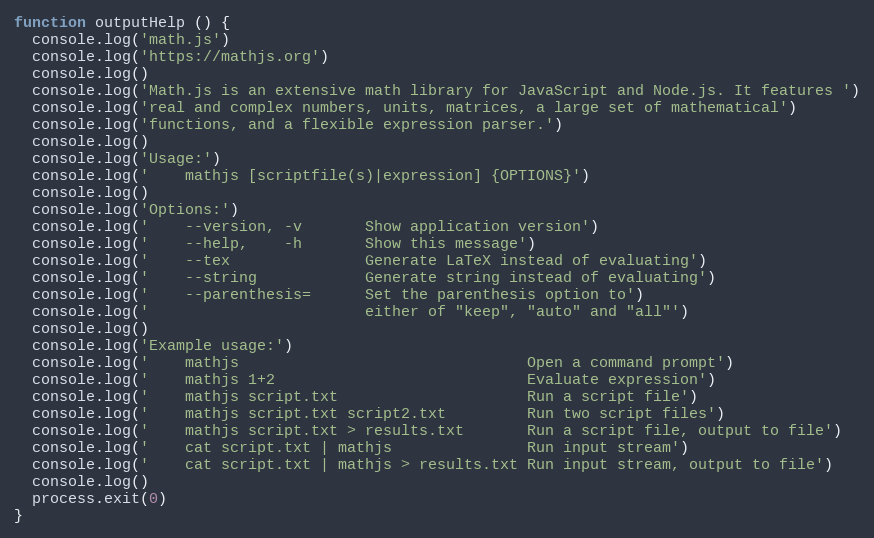
Language: JavaScript
function outputHelp () {
  console.log('math.js')
  console.log('https://mathjs.org')
  console.log()
  console.log('Math.js is an extensive math library for JavaScript and Node.js. It features ')
  console.log('real and complex numbers, units, matrices, a large set of mathematical')
  console.log('functions, and a flexible expression parser.')
  console.log()
  console.log('Usage:')
  console.log('    mathjs [scriptfile(s)|expression] {OPTIONS}')
  console.log()
  console.log('Options:')
  console.log('    --version, -v       Show application version')
  console.log('    --help,    -h       Show this message')
  console.log('    --tex               Generate LaTeX instead of evaluating')
  console.log('    --string            Generate string instead of evaluating')
  console.log('    --parenthesis=      Set the parenthesis option to')
  console.log('                        either of "keep", "auto" and "all"')
  console.log()
  console.log('Example usage:')
  console.log('    mathjs                                Open a command prompt')
  console.log('    mathjs 1+2                            Evaluate expression')
  console.log('    mathjs script.txt                     Run a script file')
  console.log('    mathjs script.txt script2.txt         Run two script files')
  console.log('    mathjs script.txt > results.txt       Run a script file, output to file')
  console.log('    cat script.txt | mathjs               Run input stream')
  console.log('    cat script.txt | mathjs > results.txt Run input stream, output to file')
  console.log()
  process.exit(0)
}